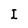
Character: I